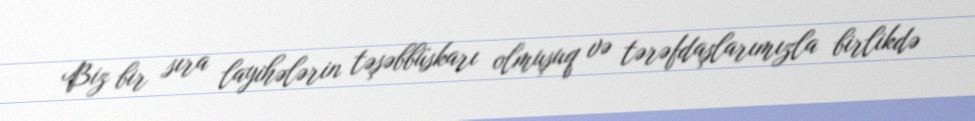
Biz bir sıra layihələrin təşəbbüskarı olmuşuq və tərəfdaşlarımızla birlikdə